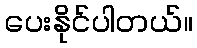
ပေးနိုင်ပါတယ်။